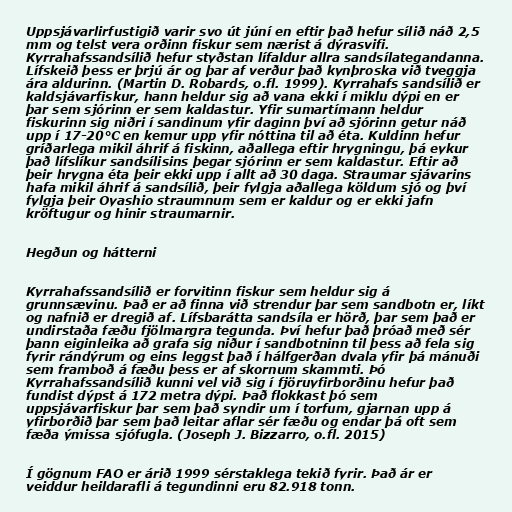
Uppsjávarlirfustigið varir svo út júní en eftir það hefur sílið náð 2,5
mm og telst vera orðinn fiskur sem nærist á dýrasvifi.
Kyrrahafssandsílið hefur styðstan lífaldur allra sandsílategandanna.
Lífskeið þess er þrjú ár og þar af verður það kynþroska við tveggja
ára aldurinn. (Martin D. Robards, o.fl. 1999). Kyrrahafs sandsílið er
kaldsjávarfiskur, hann heldur sig að vana ekki í miklu dýpi en er
þar sem sjórinn er sem kaldastur. Yfir sumartímann heldur
fiskurinn sig niðri í sandinum yfir daginn því að sjórinn getur náð
upp í 17-20°C en kemur upp yfir nóttina til að éta. Kuldinn hefur
gríðarlega mikil áhrif á fiskinn, aðallega eftir hrygningu, þá eykur
það lífslíkur sandsílisins þegar sjórinn er sem kaldastur. Eftir að
þeir hrygna éta þeir ekki upp í allt að 30 daga. Straumar sjávarins
hafa mikil áhrif á sandsílið, þeir fylgja aðallega köldum sjó og því
fylgja þeir Oyashio straumnum sem er kaldur og er ekki jafn
kröftugur og hinir straumarnir.

Hegðun og hátterni

Kyrrahafssandsílið er forvitinn fiskur sem heldur sig á
grunnsævinu. Það er að finna við strendur þar sem sandbotn er, líkt
og nafnið er dregið af. Lífsbarátta sandsíla er hörð, þar sem það er
undirstaða fæðu fjölmargra tegunda. Því hefur það þróað með sér
þann eiginleika að grafa sig niður í sandbotninn til þess að fela sig
fyrir rándýrum og eins leggst það í hálfgerðan dvala yfir þá mánuði
sem framboð á fæðu þess er af skornum skammti. Þó
Kyrrahafssandsílið kunni vel við sig í fjöruyfirborðinu hefur það
fundist dýpst á 172 metra dýpi. Það flokkast þó sem
uppsjávarfiskur þar sem það syndir um í torfum, gjarnan upp á
yfirborðið þar sem það leitar aflar sér fæðu og endar þá oft sem
fæða ýmissa sjófugla. (Joseph J. Bizzarro, o.fl. 2015)

Í gögnum FAO er árið 1999 sérstaklega tekið fyrir. Það ár er
veiddur heildarafli á tegundinni eru 82.918 tonn.